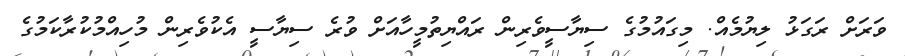
ވަރަށް ރަގަޅު ލިޔުމެއް. މިގައުމުގެ ސިޔާސީވެރިން ރައްޔިތުމީހާއަށް ވުރެ ސިޔާސީ އެކުވެރިން މުހިއްމުކުރާކަމުގެ